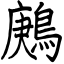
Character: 鶊